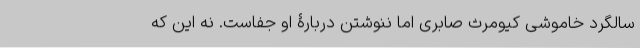
سالگرد خاموشی کیومرث صابری اما ننوشتن دربارۀ او جفاست. نه این که